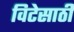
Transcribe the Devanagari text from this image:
विटेसाठी